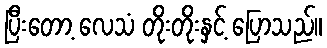
ပြီးတော့ လေသံ တိုးတိုးနှင့် ပြောသည်။